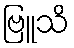
ဗြူသိ